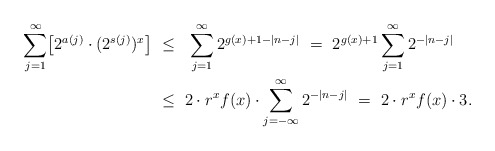
\begin{align*} \sum_{j=1}^\infty \bigl[2^{a(j)} \cdot (2^{s(j)})^x\bigl]\ &\leq\ \ \sum_{j=1}^\infty 2^{g(x) + 1 - |n-j|}\ =\ 2^{g(x)+1} \sum_{j=1}^\infty 2^{-|n-j|}\\&\leq\ 2 \cdot r^x f(x) \cdot \sum_{j=-\infty}^\infty 2^{-|n-j|}\ =\ 2 \cdot r^x f(x) \cdot 3. \end{align*}